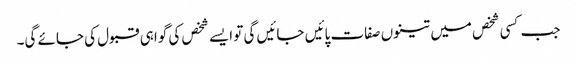
جب کسی شخص میں تینوں صفات پائیں جائیں گی تو ایسے شخص کی گواہی قبول کی جائے گی۔